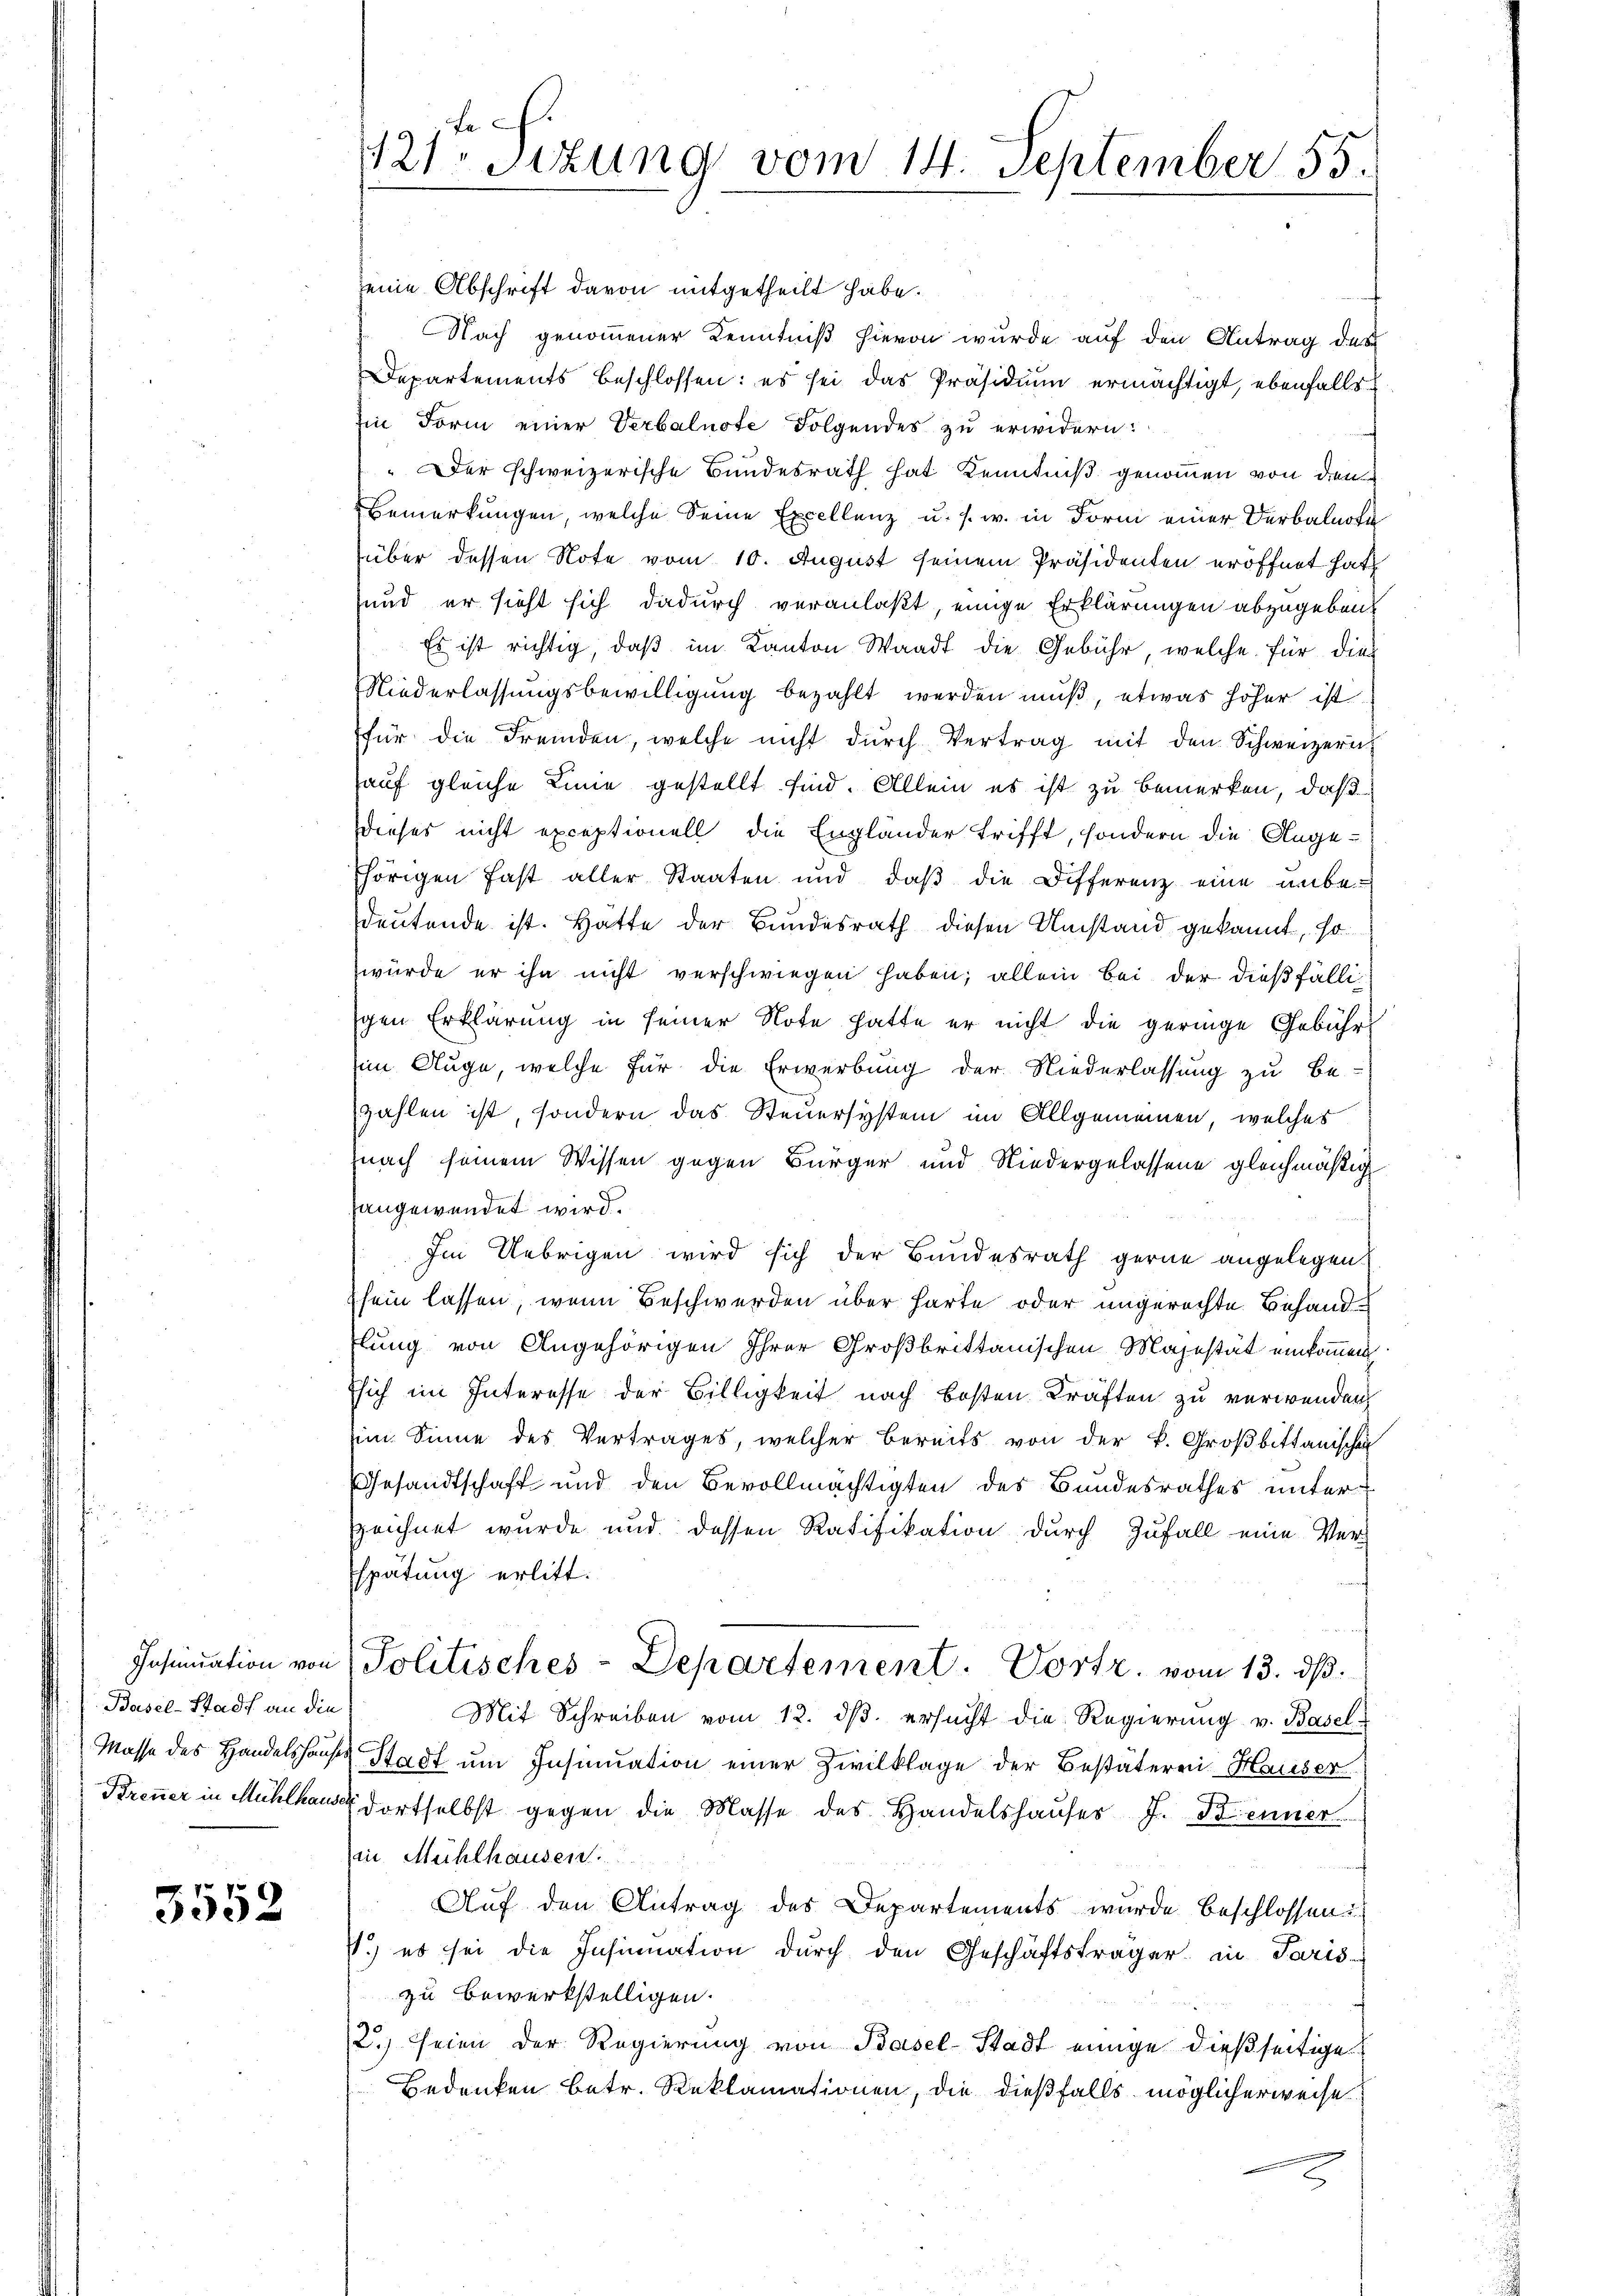
Insinuation von
Basel-Stadt an die

3552

121ten Sitzung vom 14. September 55.

seine Abschrift davon mitgetheilt habe.
Nach genommener Kenntniß hievon wurde auf den Antrag des
Departements beschlossen: es sei das Präsidium ermächtigt, ebenfalls
Iin Form einer Verbalnote Folgendes zu erwidern:
" Der schweizerische Bundesrath hat Kenntniß genommen von den
Bemerkungen, welche Seine Excellenz u. s. w. in Form einer Verbalnote
über dessen Note vom 10. August seinem Präsidenten eröffnet hat
sund er sieht sich dadurch veranlaßt, einige Erklärungen abzugeben.
Es ist richtig, daβ im Kanton Waadt die Gebühr, welche für dies
Niederlassungsbewilligung bezahlt werden muß, etwas höher ist
für die Fremden, welche nicht dŭrch Vertrag mit den Schweizern
auf gleiche Linie gestellt sind. Allein es ist zu bemerken, daß
dieses nicht exceptionell die Engländer trifft, sondern die Angethörigen fast aller Staaten und daβ die Differenz eine unbedeutende ist. Hätte der Bundesrath diesen Umstand gekannt, so
würde er ihn nicht verschwiegen haben; allein bei der dießfälligen Erklärung in seiner Note hatte er nicht die geringe Gebühr
im Auge, welche für die Erwerbung der Niederlassung zu be-
zahlen ist, sondern das Steuersystem im Allgemeinen, welches
nach seinem Wissen gegen Bürger und Niedergelassene gleichmäßig
angewendet wird.
Im Uebrigen wird sich der Bundesrath gerne angelegen.
sein lassen, wenn Beschwerden über harte oder ungerechte Behandlung von Angehörigen Ihrer Großbrittanischen Majestät einkommen
Esich im Interesse der Billigkeit nach besten Kräften zu verwenden
im Sinne des Vertrages, welcher bereits von der k. Großbittanischen
GGesandtschaft und den Bevollmächtigten des Bundesrathes unter
zeichnet wurde und dessen Ratifikation durch Zufall eine Ver-
Espätung erlitt.
Politisches-Departement. Vortr. vom 13. dß.
Mit Schreiben vom 12. dβ ersŭcht die Regierŭng v. Basel-
Masse des Handelshauses Stadt um Insinuation einer Zivilklage der Bestätere Hauser
Brenner in Mühlhaus dortselbst gegen die Masse des Handelshaŭser J. Kenner
in Mühlhausen
Auf den Antrag des Departements wurde beschlossen!
.) es sei die Insinuation durch den Geschäftsträger in Paris-
zu bewerkstelligen.
2.) Seien der Regierung von Basel-Stadt einige dießseitige
Bedenken betr. Reklamationen, die dießfalls möglicherweise
2